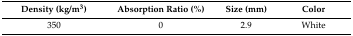
<table><thead><tr><td><b>Density (kg/m<sup>3</sup>)</b></td><td><b>Absorption Ratio (%)</b></td><td><b>Size (mm)</b></td><td><b>Color</b></td></tr></thead><tbody><tr><td>350</td><td>0</td><td>2.9</td><td>White</td></tr></tbody></table>